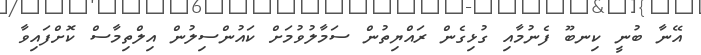
އޭނާ ބުނީ ކިނބޫ ފެނުމާއި ގުޅިގެން ރައްޔިތުން ސަމާލުވުމަށް ކައުންސިލުން އިލްތިމާސް ކޮށްފައިވާ